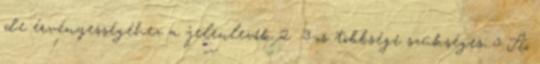
de érvényességéhez a jelenlevők 2 3-os többsége szükséges. 5 A